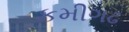
કમીગઢ